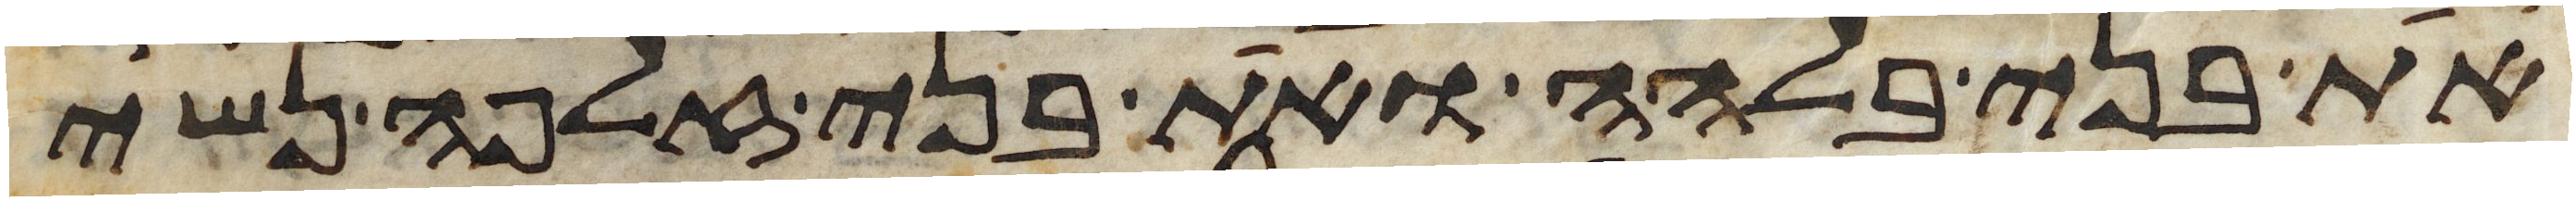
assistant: את בני בלהה ואת בני זלפה נשי